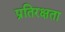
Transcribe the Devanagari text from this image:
प्रतिरक्षता